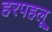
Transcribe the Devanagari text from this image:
हरपहलू